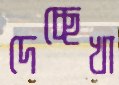
দেচ্ছেখা